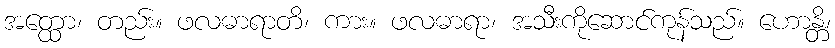
အတ္ထော၊ တည်း။ ဖလဓာရာတိ၊ ကား။ ဖလဓာရာ၊ အသီးကိုဆောင်ကုန်သည်။ ဟောန္တိ၊